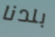
بلدنا